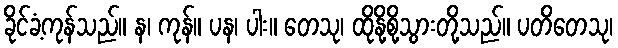
ခိုင်ခံ့ကုန်သည်။ န၊ ကုန်။ ပန၊ ပါး။ တေသု၊ ထိုနို့စို့သွားတို့သည်။ ပတိတေသု၊